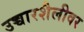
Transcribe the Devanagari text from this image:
उच्चारशैलीवर